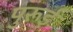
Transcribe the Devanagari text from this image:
पुरूई